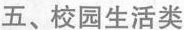
五、校园生活类